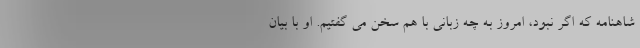
شاهنامه که اگر نبود، امروز به چه زبانی با هم سخن می گفتیم. او با بیان